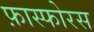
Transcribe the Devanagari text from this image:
फ़ास्फोरस